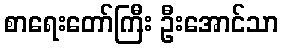
စာရေးတော်ကြီး ဦးအောင်သာ